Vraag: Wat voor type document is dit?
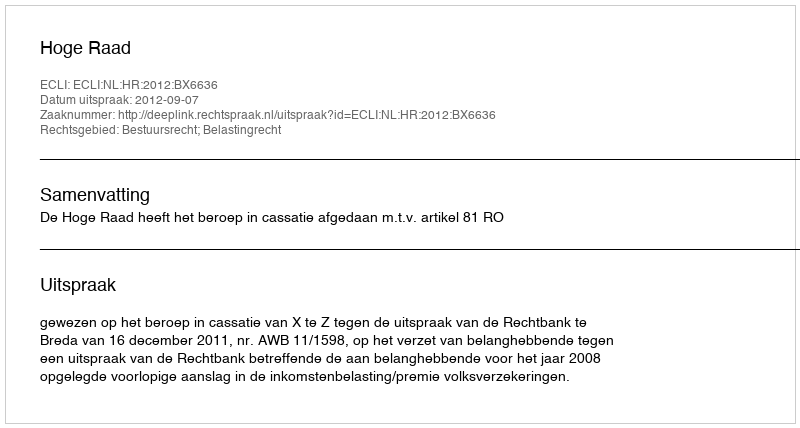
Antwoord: Uitspraak